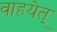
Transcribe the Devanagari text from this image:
वाहयेत्